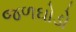
જળઘોડો